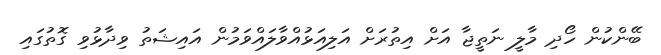
ބޭންކުން ހޯދި މާލީ ނަތީޖާ އަށް އިތުރަށް އަލިއަޅުއްވާލައްވަމުން އައިޝަތު ވިދާޅުވި ގޮތުގައި